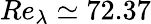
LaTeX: Re_{\lambda}\simeq 72.37